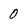
Character: 0